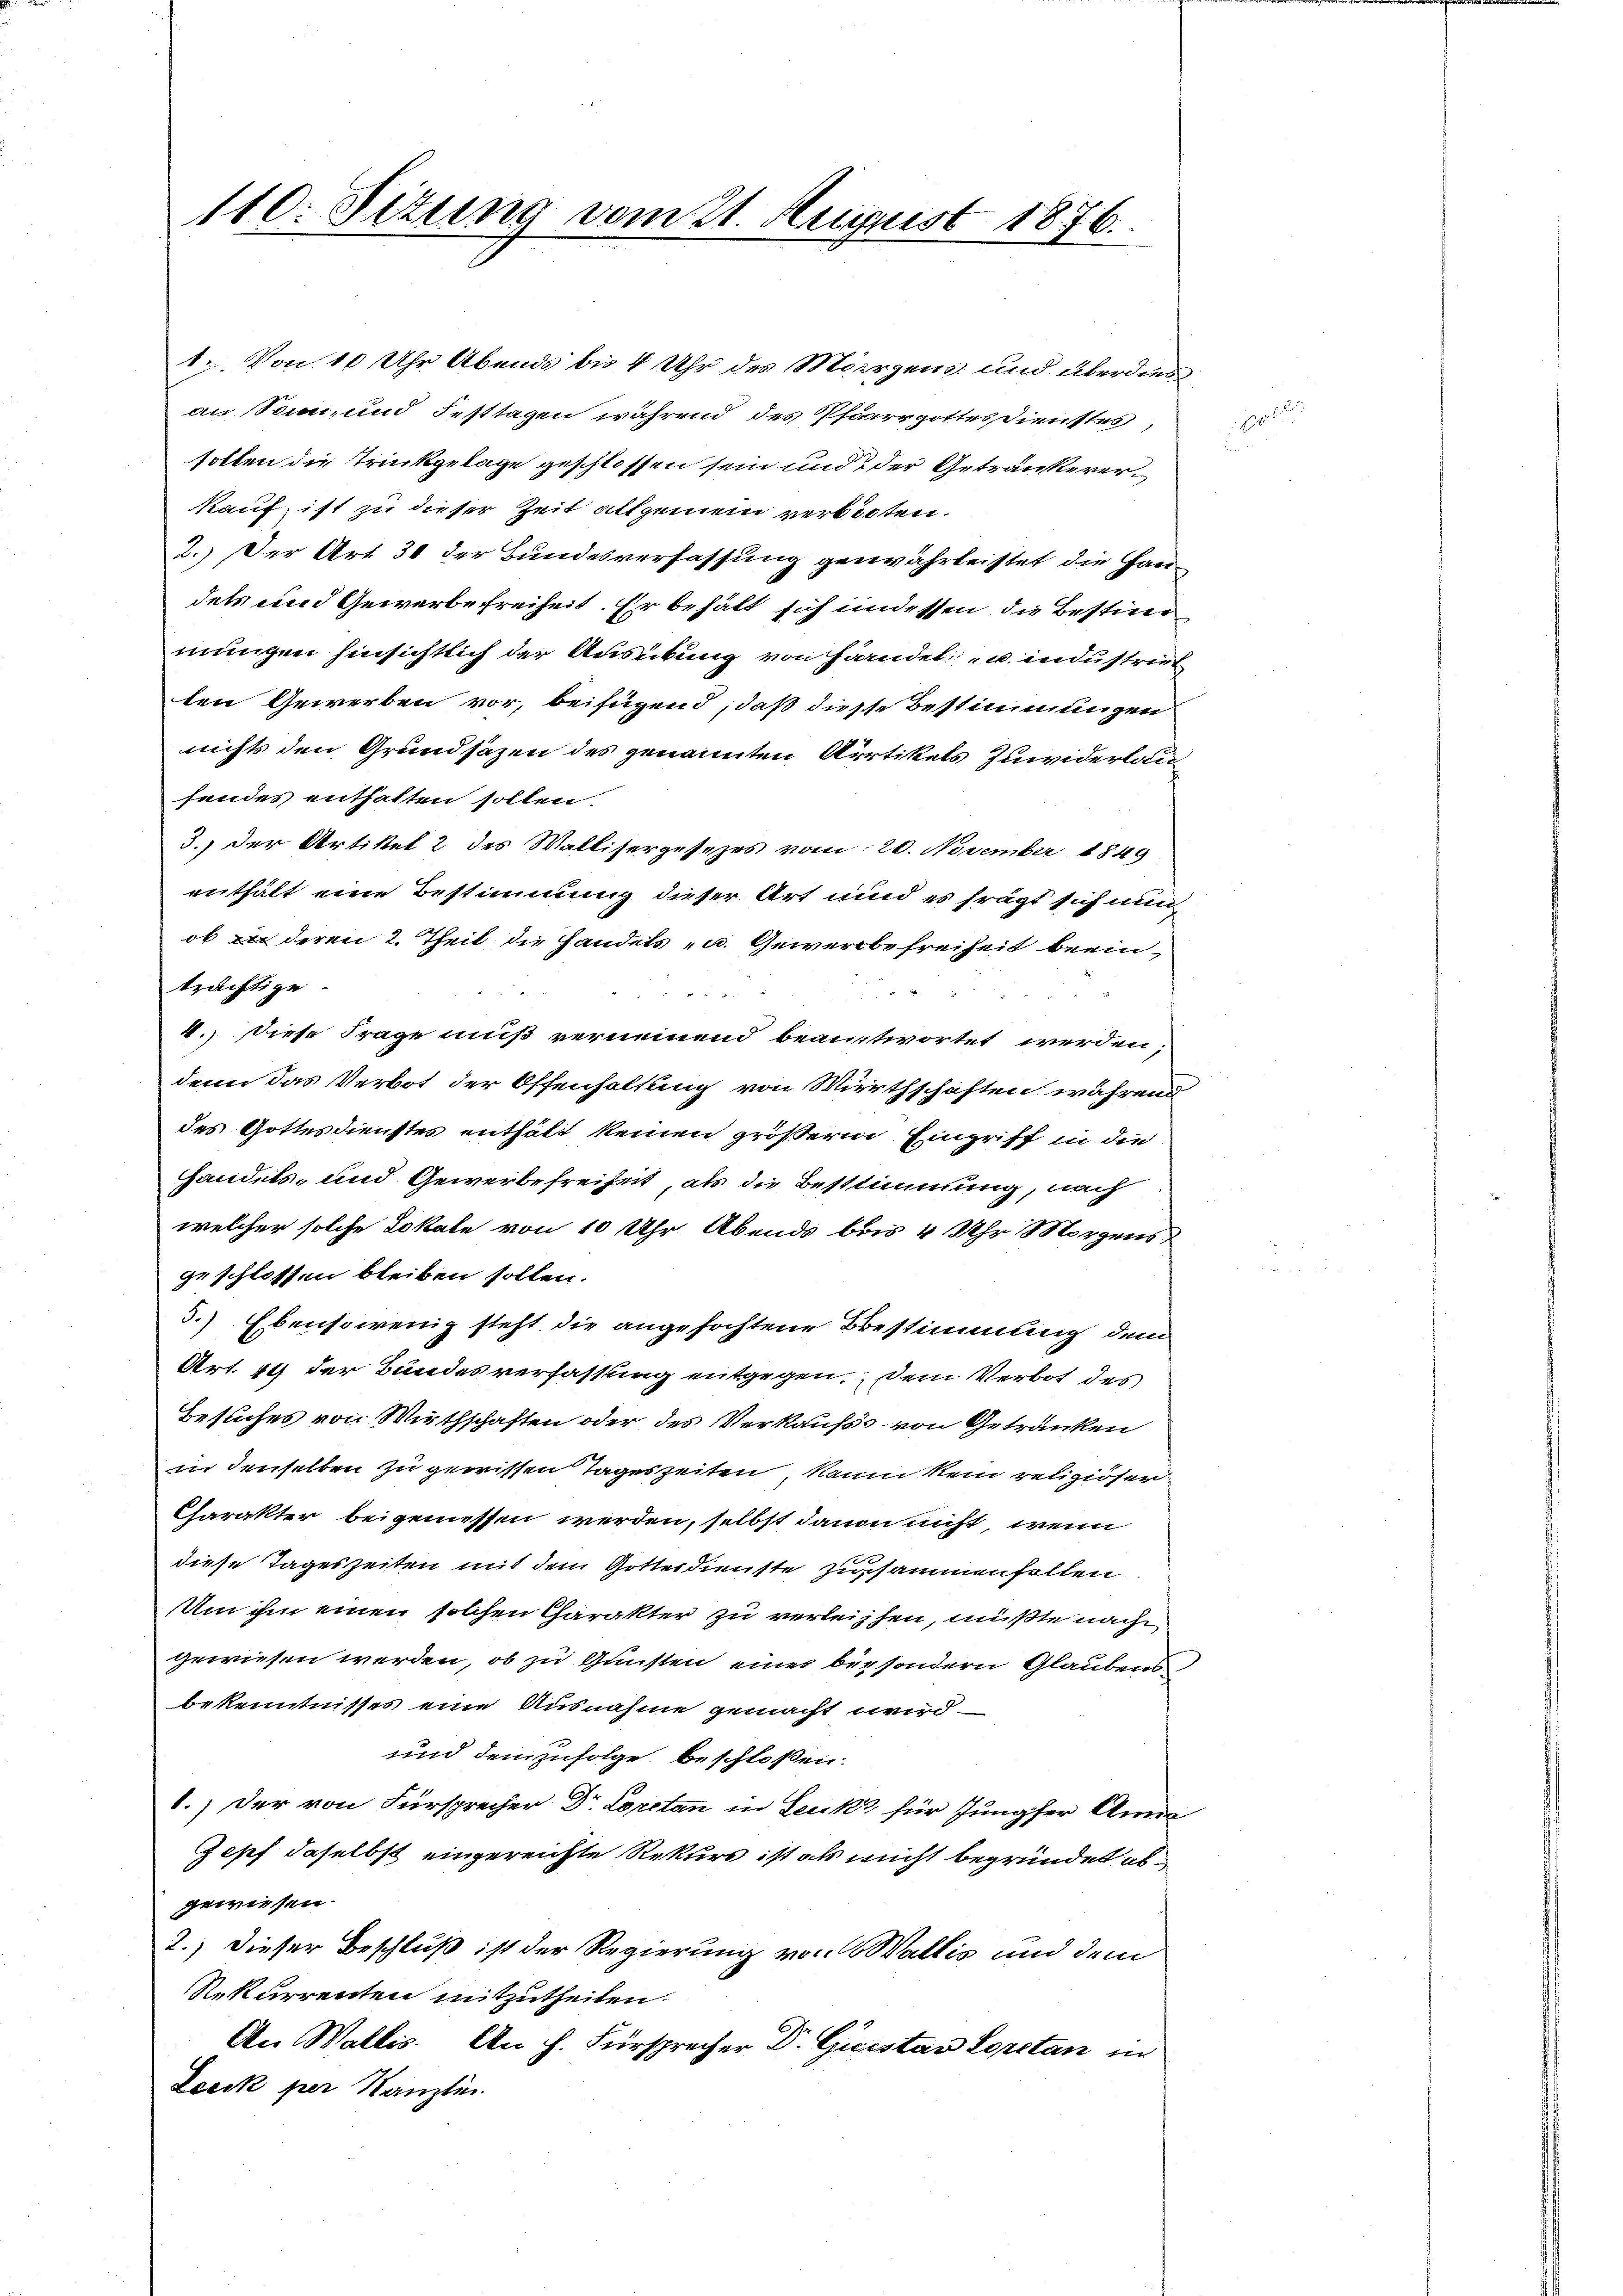
110. Sizung vom 21. August 1876.

1. Von 10 Uhr Abends bis 4 Uhr des Morgens und überdies
an Sonn, und Festtagen während des Pfarrgottesdienstes,
sollen die Trinkgelage geschlossen sein und der Getränkerer
kauf, ist zu dieser Zeit allgemein verboten.
2.) Der Art. 31 der Bundesverfassung genwährleistet die Gandets und Gewerbefreiheit. Er behält sich indessen die Bestim
mungen hinsichtlich der Ausübung von Handel u. industrieb
ten Gewerben vor, beifügend, daß diesse Bestimmungen
nichts den Grundsäzen des genannten Arrtikels Zuwiderlaufendes enthalten sollen.
3.) Der Artikel 2 des Wallisergesezes vom 20. November 1849
enthält eine Bestimmung dieser Art und es frägt sich nun
ob deren 2. Theil die Handels- u. Gewerbefreiheit beein
trächtige
4.) Diese Frage muß verneinend beantwortet werden;
denn das Verbot der Offenhaltung von Wirthschaften während
des Gottesdienstes enthält keinen größere Eingriff in die
handels- und Gewerbefreiheit, als die Bestimmung, nach
welcher solche Lokale von 10 Uhr Abends bis 4 Uhr Morgens
geschlossen bleiben sollen.
3.) Ebensowenig steht die angefochtene Bestimmung dem
Art. 41 der Bundesverfassung entgegen. Dem Verbot des
Besuches von Wirthschaften oder des Verkaufs von Getränken
in denselben zu gewissen Tageszeiten, kann kein religiöser¬
Charakter beigemessen werden, selbst dauon nicht, wenn
diese Tageszeiten mit dem Gottesdienste Zusammenfellen
Um ihm einen solchen Charakter zu verleisten, mußte nach
gewiesen werden, ob zu Gunsten eines bey sondern Glaubens
bekenntnisses eine Ausnahme gemacht wird.
und demzufolge beschloßen:
6.) Der von Fürsprecher Dr. Loretan in Leuk für Jungfer Anna
Zepf daselbst eingereichte Rekurs ist als nicht begründet abgewiesen
2.) Dieser Beschluß ist der Regierung von Wallis und dem
Rekurrenten mitzutheilen.
An Wallis. An h. Fürsprecher Dr. Gicistav Loretan in
Zeeck per Kanzli